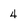
Character: 4